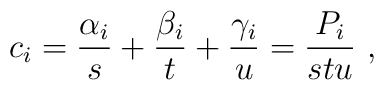
c_i=\frac{\alpha_i}{s}+\frac{\beta_i}{t}+\frac{\gamma_i}{u}=\frac{P_i}{stu}\ ,